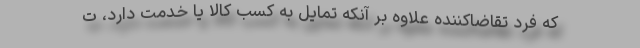
که فرد تقاضاکننده علاوه بر آنکه تمایل به کسب کالا یا خدمت دارد، ت